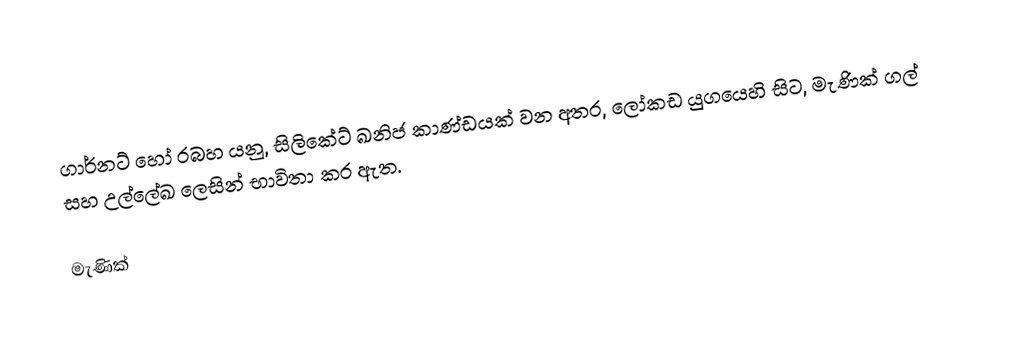
ගාර්නට් හෝ රබහ යනු,  සිලිකේට් ඛනිජ කාණ්ඩයක් වන අතර,  ලෝකඩ යුගයෙහි සිට,  මැණික් ගල් සහ උල්ලේඛ ලෙසින් භාවිතා කර ඇත.

මැණික්